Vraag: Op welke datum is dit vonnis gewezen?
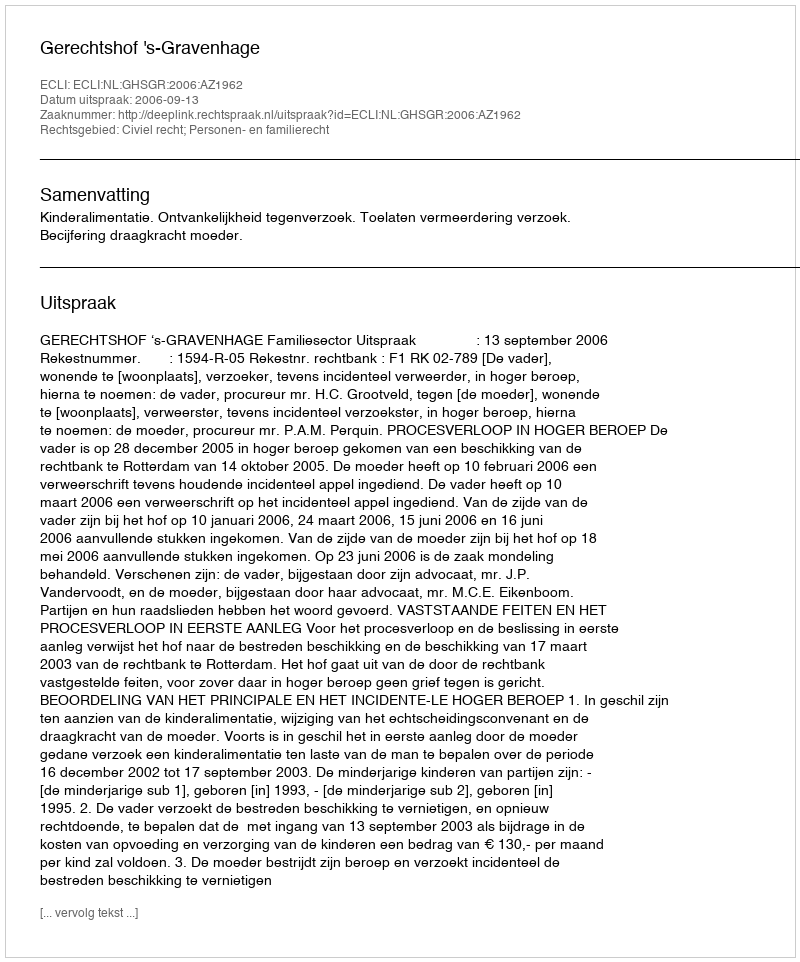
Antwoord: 2006-09-13